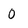
Character: 0